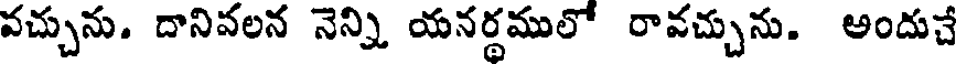
వచ్చును. దానివలన నెన్ని యనర్థములో రావచ్చును. అందుచే